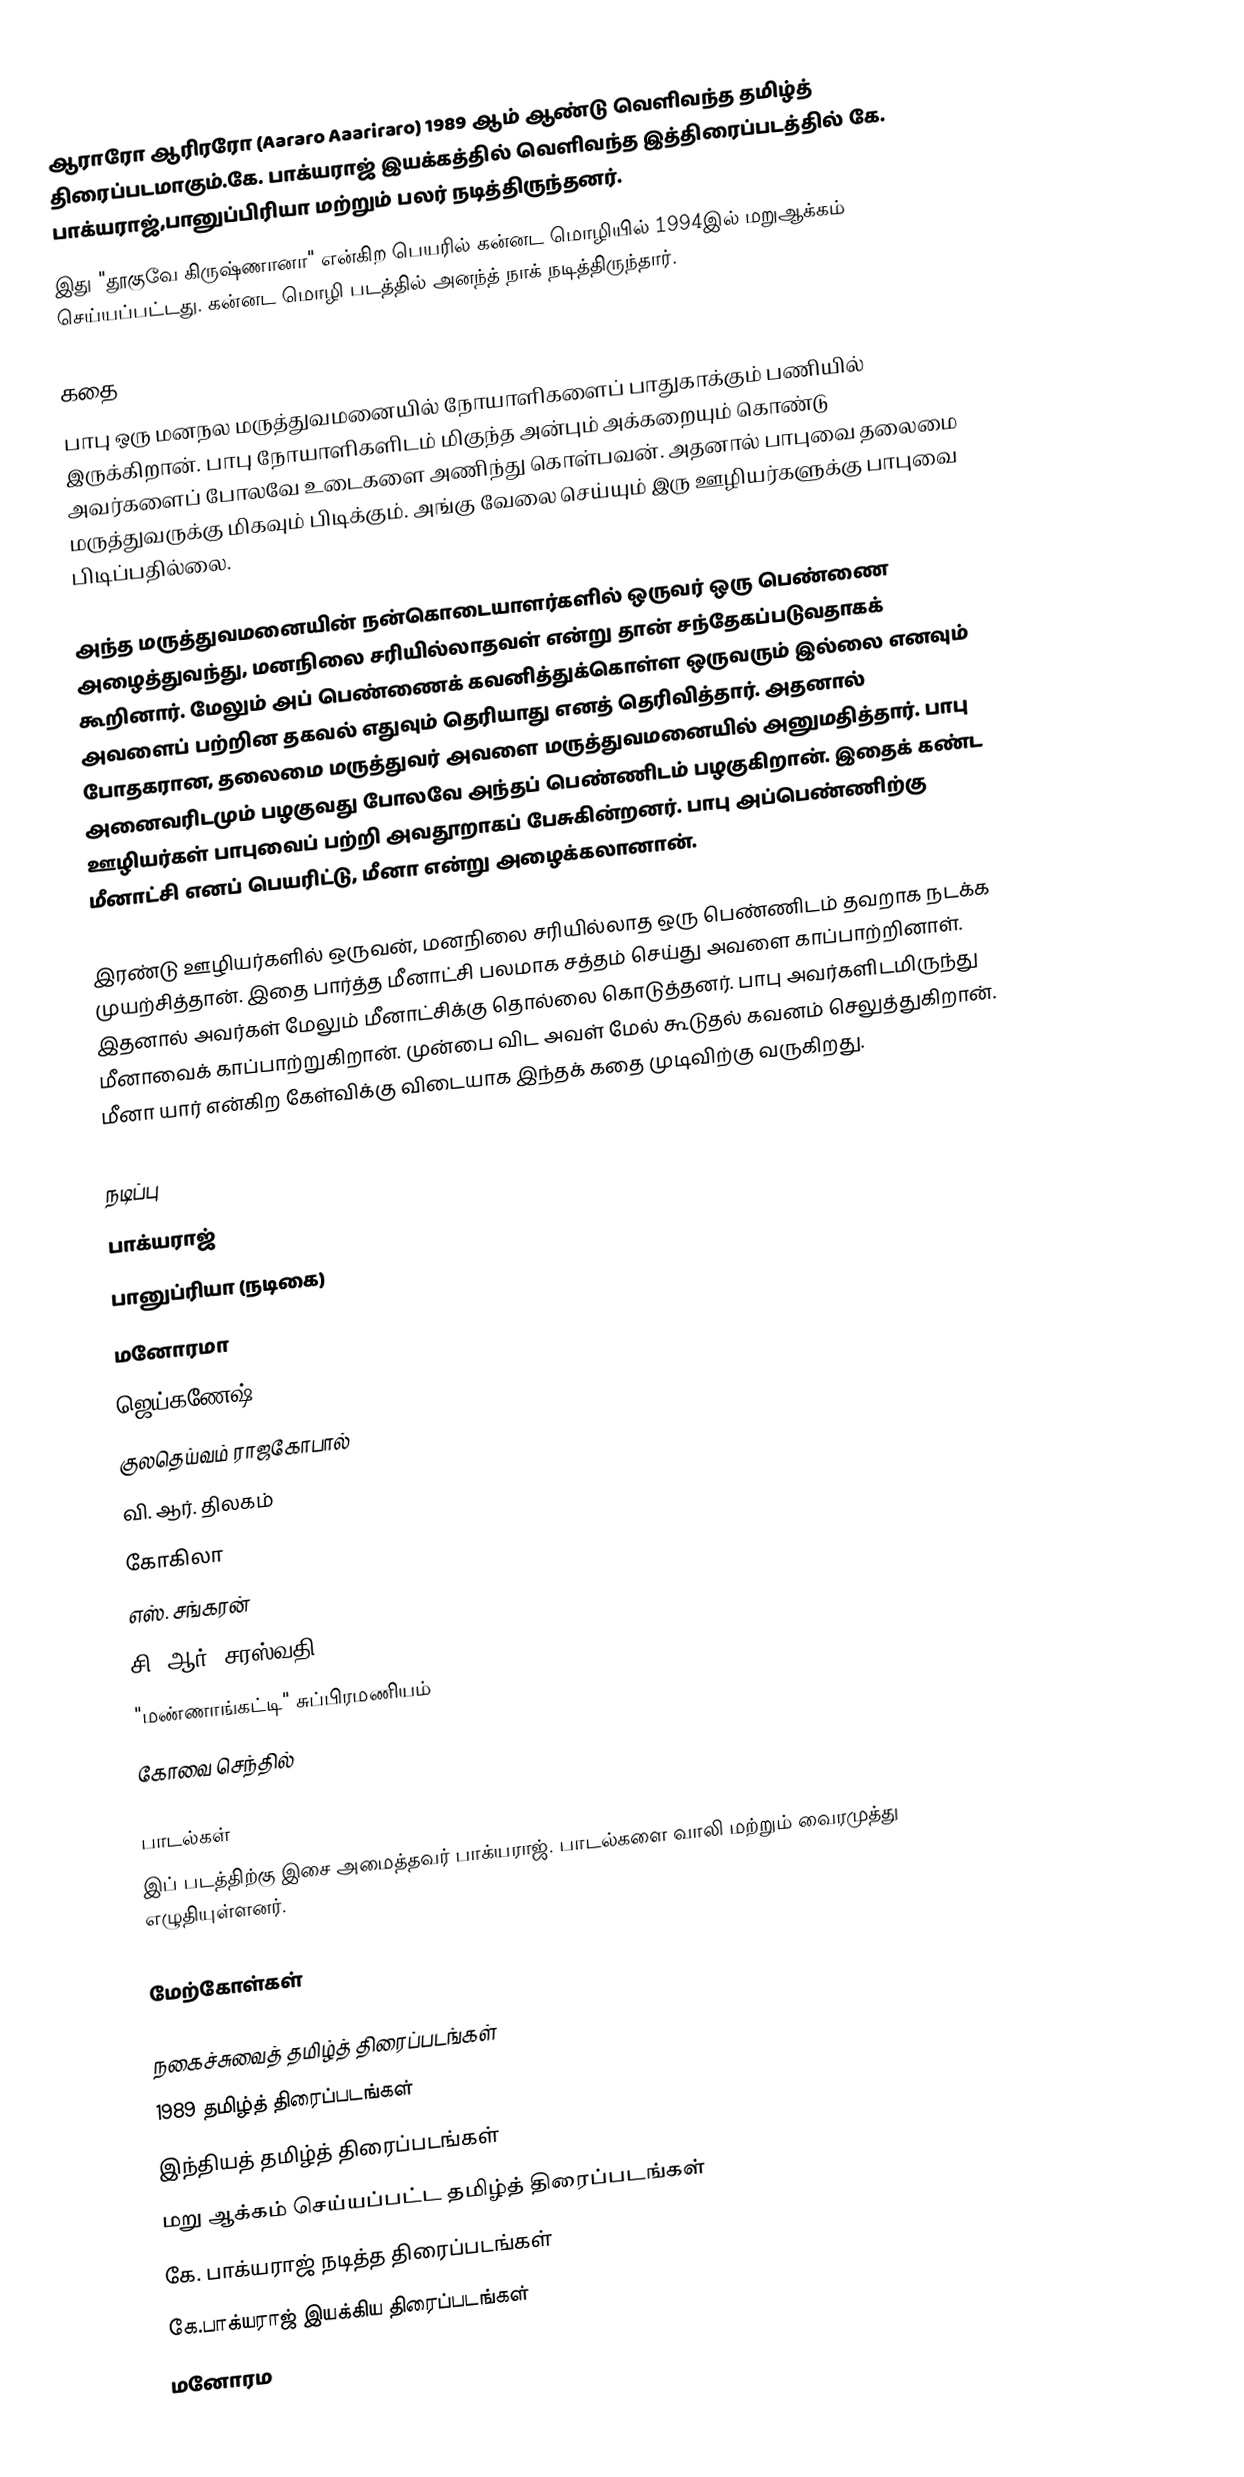
ஆராரோ ஆரிரரோ (Aararo Aaariraro) 1989 ஆம் ஆண்டு வெளிவந்த தமிழ்த் திரைப்படமாகும்.கே. பாக்யராஜ் இயக்கத்தில் வெளிவந்த இத்திரைப்படத்தில் கே. பாக்யராஜ்,பானுப்பிரியா மற்றும் பலர் நடித்திருந்தனர்.
இது "தூகுவே கிருஷ்ணானா" என்கிற பெயரில் கன்னட மொழியில் 1994இல் மறுஆக்கம் செய்யப்பட்டது. கன்னட மொழி படத்தில் அனந்த் நாக் நடித்திருந்தார்.

கதை
பாபு ஒரு மனநல மருத்துவமனையில் நோயாளிகளைப் பாதுகாக்கும் பணியில் இருக்கிறான். பாபு நோயாளிகளிடம் மிகுந்த அன்பும் அக்கறையும் கொண்டு அவர்களைப் போலவே உடைகளை அணிந்து கொள்பவன். அதனால் பாபுவை தலைமை மருத்துவருக்கு மிகவும் பிடிக்கும். அங்கு வேலை செய்யும் இரு ஊழியர்களுக்கு பாபுவை பிடிப்பதில்லை.

அந்த மருத்துவமனையின் நன்கொடையாளர்களில் ஒருவர் ஒரு பெண்ணை அழைத்துவந்து, மனநிலை சரியில்லாதவள் என்று தான் சந்தேகப்படுவதாகக் கூறினார். மேலும் அப் பெண்ணைக் கவனித்துக்கொள்ள ஒருவரும் இல்லை எனவும் அவளைப் பற்றின தகவல் எதுவும் தெரியாது எனத் தெரிவித்தார். அதனால் போதகரான, தலைமை மருத்துவர் அவளை மருத்துவமனையில் அனுமதித்தார். பாபு அனைவரிடமும் பழகுவது போலவே அந்தப் பெண்ணிடம் பழகுகிறான். இதைக் கண்ட ஊழியர்கள் பாபுவைப் பற்றி அவதூறாகப் பேசுகின்றனர். பாபு அப்பெண்ணிற்கு மீனாட்சி எனப் பெயரிட்டு, மீனா என்று அழைக்கலானான்.

இரண்டு ஊழியர்களில் ஒருவன், மனநிலை சரியில்லாத ஒரு பெண்ணிடம் தவறாக நடக்க முயற்சித்தான். இதை பார்த்த மீனாட்சி பலமாக சத்தம் செய்து அவளை காப்பாற்றினாள். இதனால் அவர்கள் மேலும் மீனாட்சிக்கு தொல்லை கொடுத்தனர். பாபு அவர்களிடமிருந்து மீனாவைக் காப்பாற்றுகிறான். முன்பை விட அவள் மேல் கூடுதல் கவனம் செலுத்துகிறான். மீனா யார் என்கிற கேள்விக்கு விடையாக இந்தக் கதை முடிவிற்கு வருகிறது.

நடிப்பு
 பாக்யராஜ்
 பானுப்ரியா (நடிகை)
 மனோரமா
 ஜெய்கணேஷ்
 குலதெய்வம் ராஜகோபால்
 வி. ஆர். திலகம்
 கோகிலா
 எஸ். சங்கரன்
 சி. ஆர். சரஸ்வதி
 "மண்ணாங்கட்டி" சுப்பிரமணியம்
 கோவை செந்தில்

பாடல்கள்
இப் படத்திற்கு இசை அமைத்தவர் பாக்யராஜ். பாடல்களை வாலி மற்றும்  வைரமுத்து எழுதியுள்ளனர்.

மேற்கோள்கள்

நகைச்சுவைத் தமிழ்த் திரைப்படங்கள்
1989 தமிழ்த் திரைப்படங்கள்
இந்தியத் தமிழ்த் திரைப்படங்கள்
மறு ஆக்கம் செய்யப்பட்ட தமிழ்த் திரைப்படங்கள்
கே. பாக்யராஜ் நடித்த திரைப்படங்கள்
கே.பாக்யராஜ் இயக்கிய திரைப்படங்கள்
மனோரம